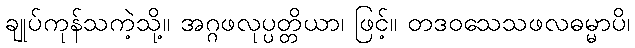
ချုပ်ကုန်သကဲ့သို့။ အဂ္ဂဖလုပ္ပတ္တိယာ၊ ဖြင့်။ တဒဝသေသဖလဓမ္မာပိ၊